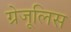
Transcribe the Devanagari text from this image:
ग्रेजूलिस